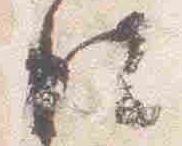
彼